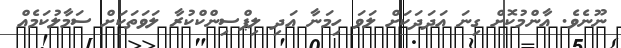
ނޫނެވެ. އާންމުކޮށް ގިނަ އަދަދަކަށް ލަވަ ހިމަނާ އަދި ލިޕްސިންކްކުރާ ލަވަތަކަށް ސަމާލުކަމެއް